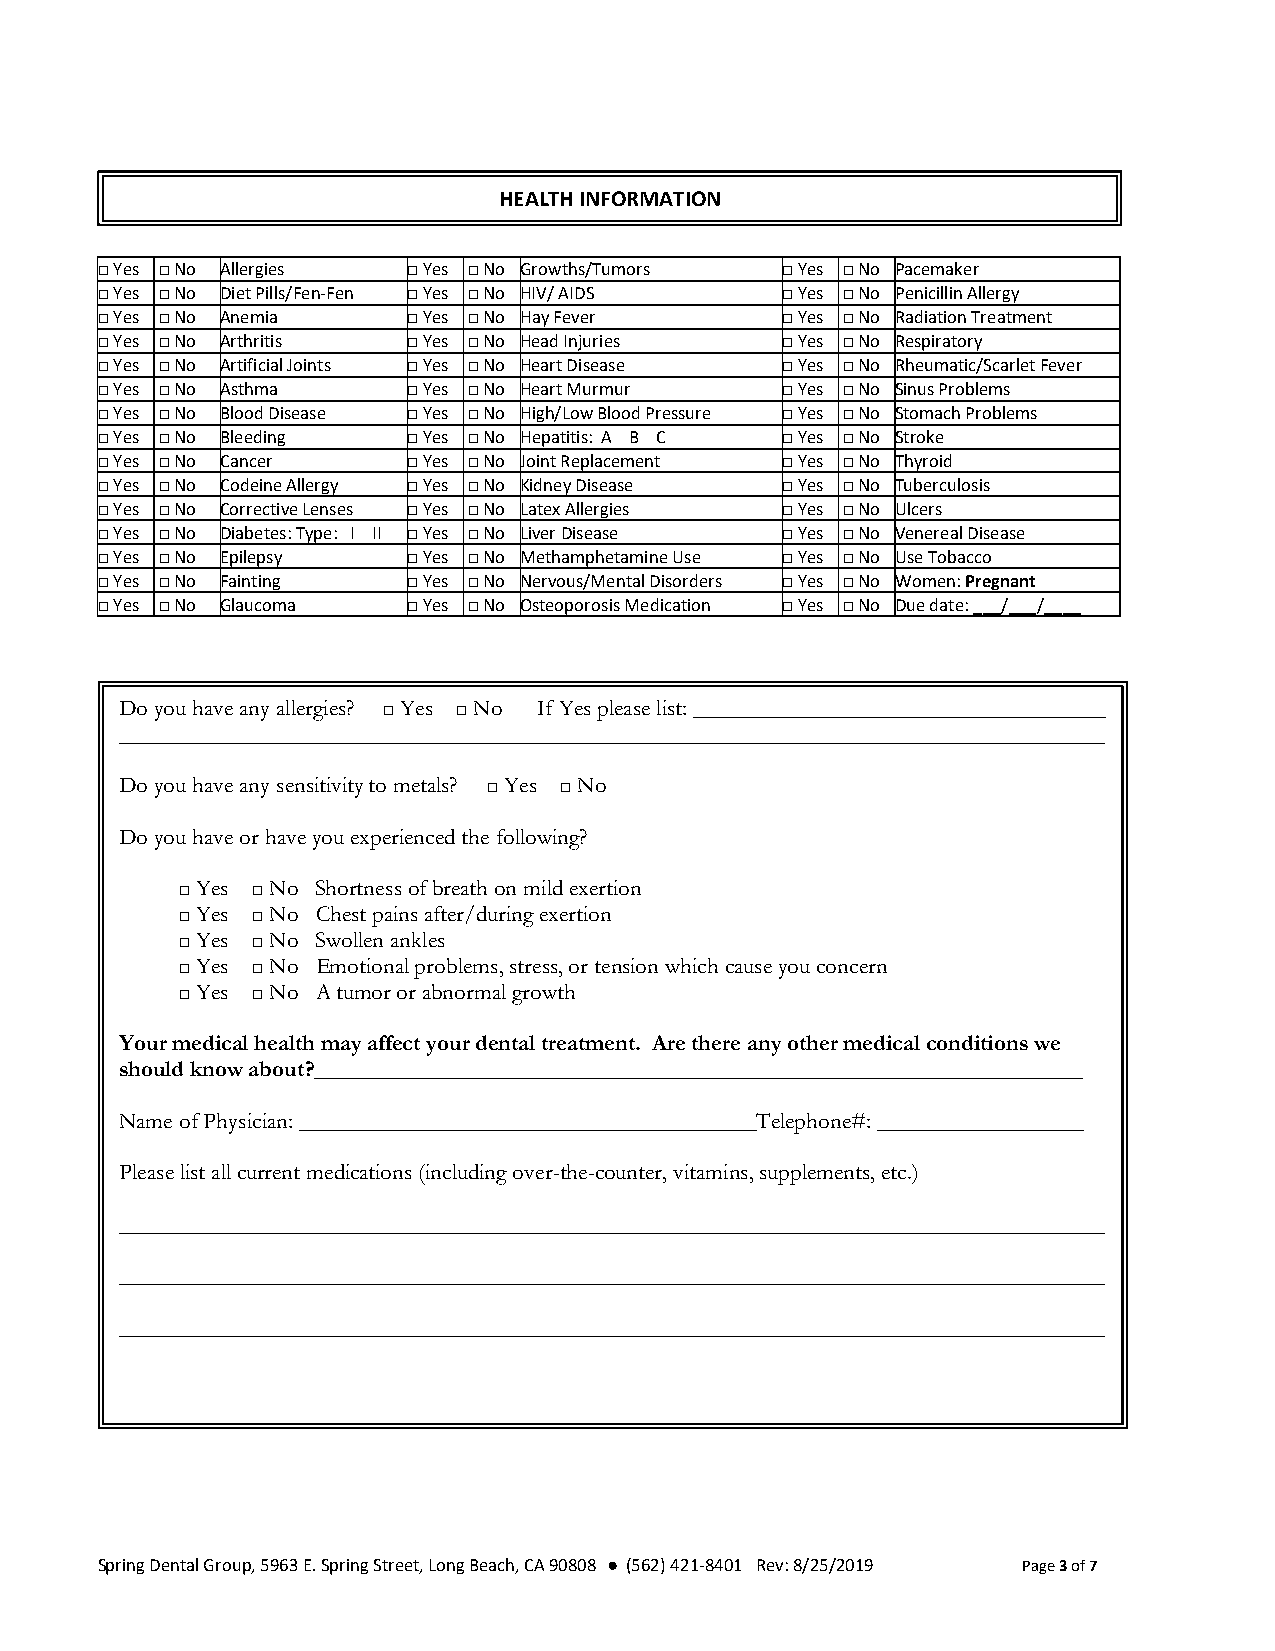
HEALTH INFORMATION
 □ Yes □ No Allergies □ Yes □ No Growths/Tumors □ Yes □ No Pacemaker
 □ Yes □ No Diet Pills/Fen-Fen □ Yes □ No HIV/ AIDS □ Yes □ No Penicillin Allergy
 □ Yes □ No Anemia    □ Yes □ No Hay Fever     □ Yes □ No Radiation Treatment
 □ Yes □ No Arthritis □ Yes □ No Head Injuries □ Yes □ No Respiratory
 □ Yes □ No Artificial Joints □ Yes □ No Heart Disease □ Yes □ No Rheumatic/Scarlet Fever
 □ Yes □ No Asthma    □ Yes □ No Heart Murmur  □ Yes □ No Sinus Problems
 □ Yes □ No Blood Disease □ Yes □ No High/Low Blood Pressure □ Yes □ No Stomach Problems
 □ Yes □ No Bleeding  □ Yes □ No Hepatitis: A B C □ Yes □ No Stroke
 □ Yes □ No Cancer    □ Yes □ No Joint Replacement □ Yes □ No Thyroid
 □ Yes □ No Codeine Allergy □ Yes □ No Kidney Disease □ Yes □ No Tuberculosis
 □ Yes □ No Corrective Lenses □ Yes □ No Latex Allergies □ Yes □ No Ulcers
 □ Yes □ No Diabetes: Type: I II □ Yes □ No Liver Disease □ Yes □ No Venereal Disease
 □ Yes □ No Epilepsy  □ Yes □ No Methamphetamine Use □ Yes □ No Use Tobacco
 □ Yes □ No Fainting  □ Yes □ No Nervous/Mental Disorders □ Yes □ No Women: Pregnant
 □ Yes □ No Glaucoma  □ Yes □ No Osteoporosis Medication □ Yes □ No Due date: ___/___/____
 Do you have any allergies? □ Yes □ No If Yes please list: ____________________________________
 ______________________________________________________________________________________
 Do you have any sensitivity to metals? □ Yes □ No
 Do you have or have you experienced the following?
 □ Yes □ No Shortness of breath on mild exertion
 □ Yes □ No Chest pains after/during exertion
 □ Yes □ No Swollen ankles
 □ Yes □ No Emotional problems, stress, or tension which cause you concern
 □ Yes □ No A tumor or abnormal growth
 Your medical health may affect your dental treatment. Are there any other medical conditions we
 should know about?___________________________________________________________________
 Name of Physician: ________________________________________Telephone#: __________________
 Please list all current medications (including over-the-counter, vitamins, supplements, etc.)
 ______________________________________________________________________________________
 ______________________________________________________________________________________
 ______________________________________________________________________________________
 Spring Dental Group, 5963 E. Spring Street, Long Beach, CA 90808 ● (562) 421-8401 Rev: 8/25/2019 Page 3 of 7